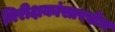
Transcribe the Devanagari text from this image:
निरीक्षकांसारखेच